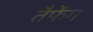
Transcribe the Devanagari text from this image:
तैफेंग